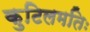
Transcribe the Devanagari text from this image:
कुटिलमतिः